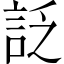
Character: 𧦟